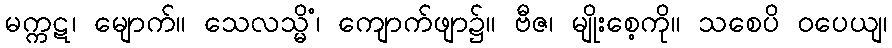
မက္ကဋ၊ မျောက်။ သေလသ္မိံ၊ ကျောက်ဖျာ၌။ ဗီဇ၊ မျိုးစေ့ကို။ သစေပိ ဝပေယျ၊